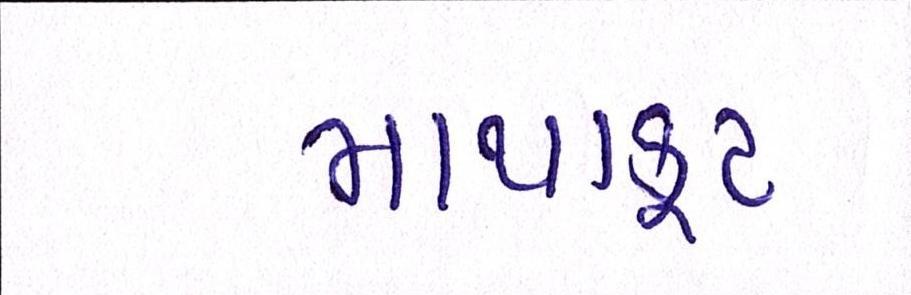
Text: માથાકૂટ